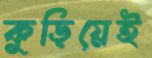
কুড়িয়েই